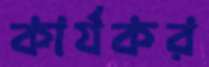
কার্যকর